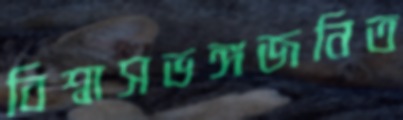
বিশ্বাসভঙ্গজনিত